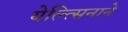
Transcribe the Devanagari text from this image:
येल्त्सिनाने